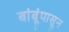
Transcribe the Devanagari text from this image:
बांबूंपासून